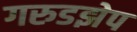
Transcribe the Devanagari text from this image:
गरुडझेप